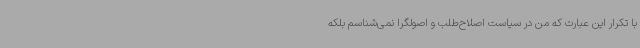
با تکرار این عبارت که من در سیاست اصلاح‌طلب و اصولگرا نمی‌شناسم بلکه